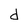
Character: d